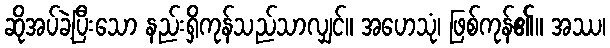
ဆိုအပ်ခဲ့ပြီးသော နည်းရှိကုန်သည်သာလျှင်။ အဟေသုံ၊ ဖြစ်ကုန်၏။ အဿ၊